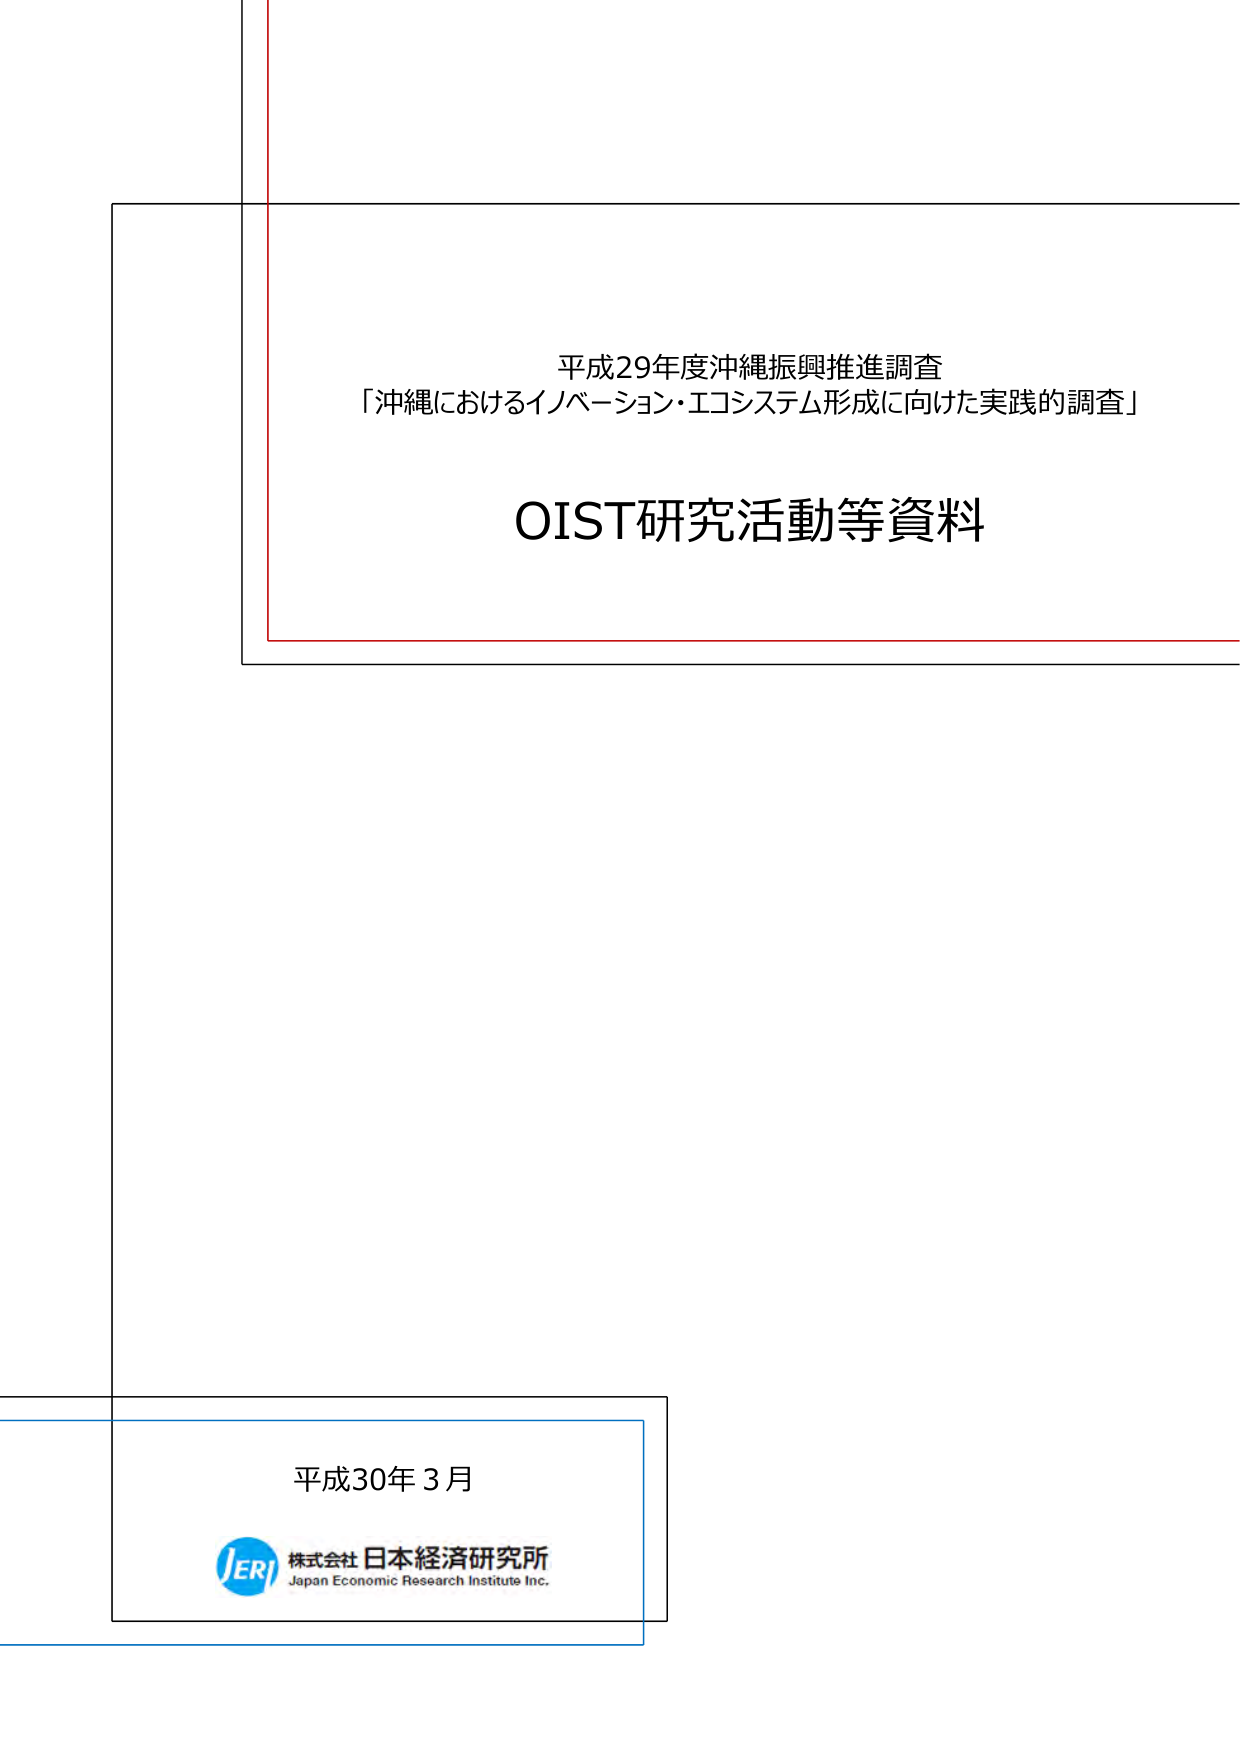
平成29年度沖縄振興推進調査
「沖縄におけるイノベーション・エコシステム形成に向けた実践的調査」

OIST研究活動等資料

平成30年3月
株式会社 日本経済研究所
Japan Economic Research Institute Inc.